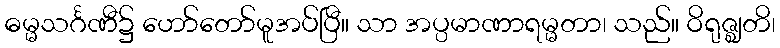
ဓမ္မသင်္ဂဏီ၌ ဟော်တော်မူအပ်ပြီ။ သာ အပ္ပမာဏာရမ္မတာ၊ သည်။ ဝိရုဇ္ဈတိ၊